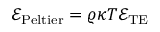
\mathcal { E } _ { \mathrm { P e l t i e r } } = \varrho \kappa T \mathcal { E } _ { \mathrm { T E } }